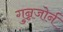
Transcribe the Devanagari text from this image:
गुन्नजोर्न